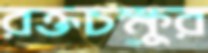
রক্তচক্ষুর